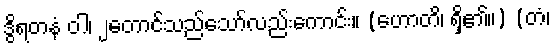
ဒွိရတနံ ဝါ၊ ၂တောင်သည်သော်လည်းကောင်း။ (ဟောတိ၊ ရှိ၏။) (တံ၊